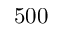
5 0 0